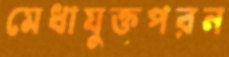
মেধাযুক্তপরন